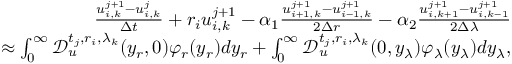
\begin{array} { r } { \frac { u _ { i , k } ^ { j + 1 } - u _ { i , k } ^ { j } } { \Delta t } + r _ { i } u _ { i , k } ^ { j + 1 } - \alpha _ { 1 } \frac { u _ { i + 1 , k } ^ { j + 1 } - u _ { i - 1 , k } ^ { j + 1 } } { 2 \Delta r } - \alpha _ { 2 } \frac { u _ { i , k + 1 } ^ { j + 1 } - u _ { i , k - 1 } ^ { j + 1 } } { 2 \Delta \lambda } } \\ { \approx \int _ { 0 } ^ { \infty } \mathcal { D } _ { u } ^ { t _ { j } , r _ { i } , \lambda _ { k } } ( y _ { r } , 0 ) \varphi _ { r } ( y _ { r } ) d y _ { r } + \int _ { 0 } ^ { \infty } \mathcal { D } _ { u } ^ { t _ { j } , r _ { i } , \lambda _ { k } } ( 0 , y _ { \lambda } ) \varphi _ { \lambda } ( y _ { \lambda } ) d y _ { \lambda } , } \end{array}